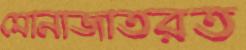
মোনাজাতরত